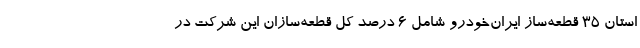
استان ۳۵ قطعه‌ساز ایران‌خودرو شامل ۶ درصد کل قطعه‌سازان این شرکت در